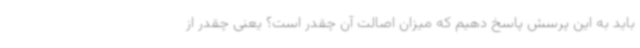
باید به این پرسش پاسخ دهیم که میزان اصالت آن چقدر است؟ یعنی چقدر از